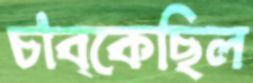
চাব্‌কেছিল